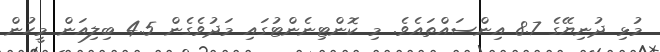
މުޅި ދުނިޔޭގެ 8.7 އިންސައްތައެވެ. މި ކޮންޓިނެންޓުގައި މަދުވެގެން 4.5 ބިލިއަން މީހުން